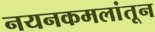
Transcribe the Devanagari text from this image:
नयनकमलांतून